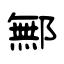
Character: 鄦